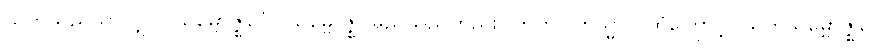
သတိသည်သာလျှင်။ သမ္ဗောဇ္ဈင်္ဂေါ၊ သမ္ဗောဇ္ဈင်မည်သည်တည်း။ ဣတိ (တသ္မာ)၊ ထိုကြောင့်။ သတိသမ္ဗောဇ္ဈင်္ဂေါ၊